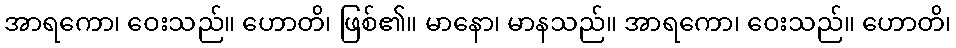
အာရကော၊ ဝေးသည်။ ဟောတိ၊ ဖြစ်၏။ မာနော၊ မာနသည်။ အာရကော၊ ဝေးသည်။ ဟောတိ၊